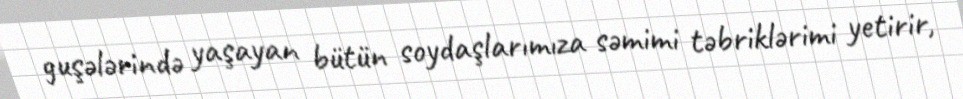
guşələrində yaşayan bütün soydaşlarımıza səmimi təbriklərimi yetirir,